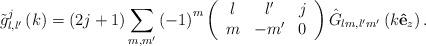
LaTeX: \begin{align*}\tilde{g}_{l,l^{\prime}}^{j}\left( k\right) =\left( 2j+1\right)\sum_{m,m^{\prime}}\left( -1\right) ^{m}\left(\begin{array}[c]{ccc}l & l^{\prime} & j\\m & -m^{\prime} & 0\end{array}\right) \hat{G}_{lm,l^{\prime}m^{\prime}}\left( k\mathbf{\hat{e}}_{z}\right) .\end{align*}